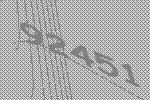
92451